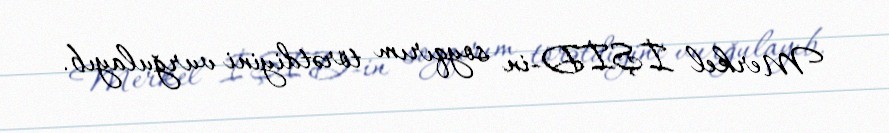
Merkel İŞİD-in soyqırım törətdiyini vurğulayıb.